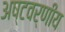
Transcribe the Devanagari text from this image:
अष्टवर्णीय